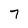
Character: 7